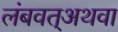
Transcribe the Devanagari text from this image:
लंबवत्अथवा